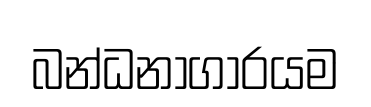
බන්ධනාගාරයම